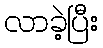
လာခဲ့ပြီး